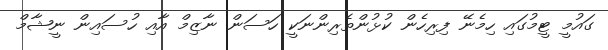
ގައުމީ ޓީމުގައި ހިމެނޭ ފިރިހެން ކުޅުންތެރިންނަކީ ހަސަން ނާޒިމް އާއި ހުސައިން ނީޝާމް